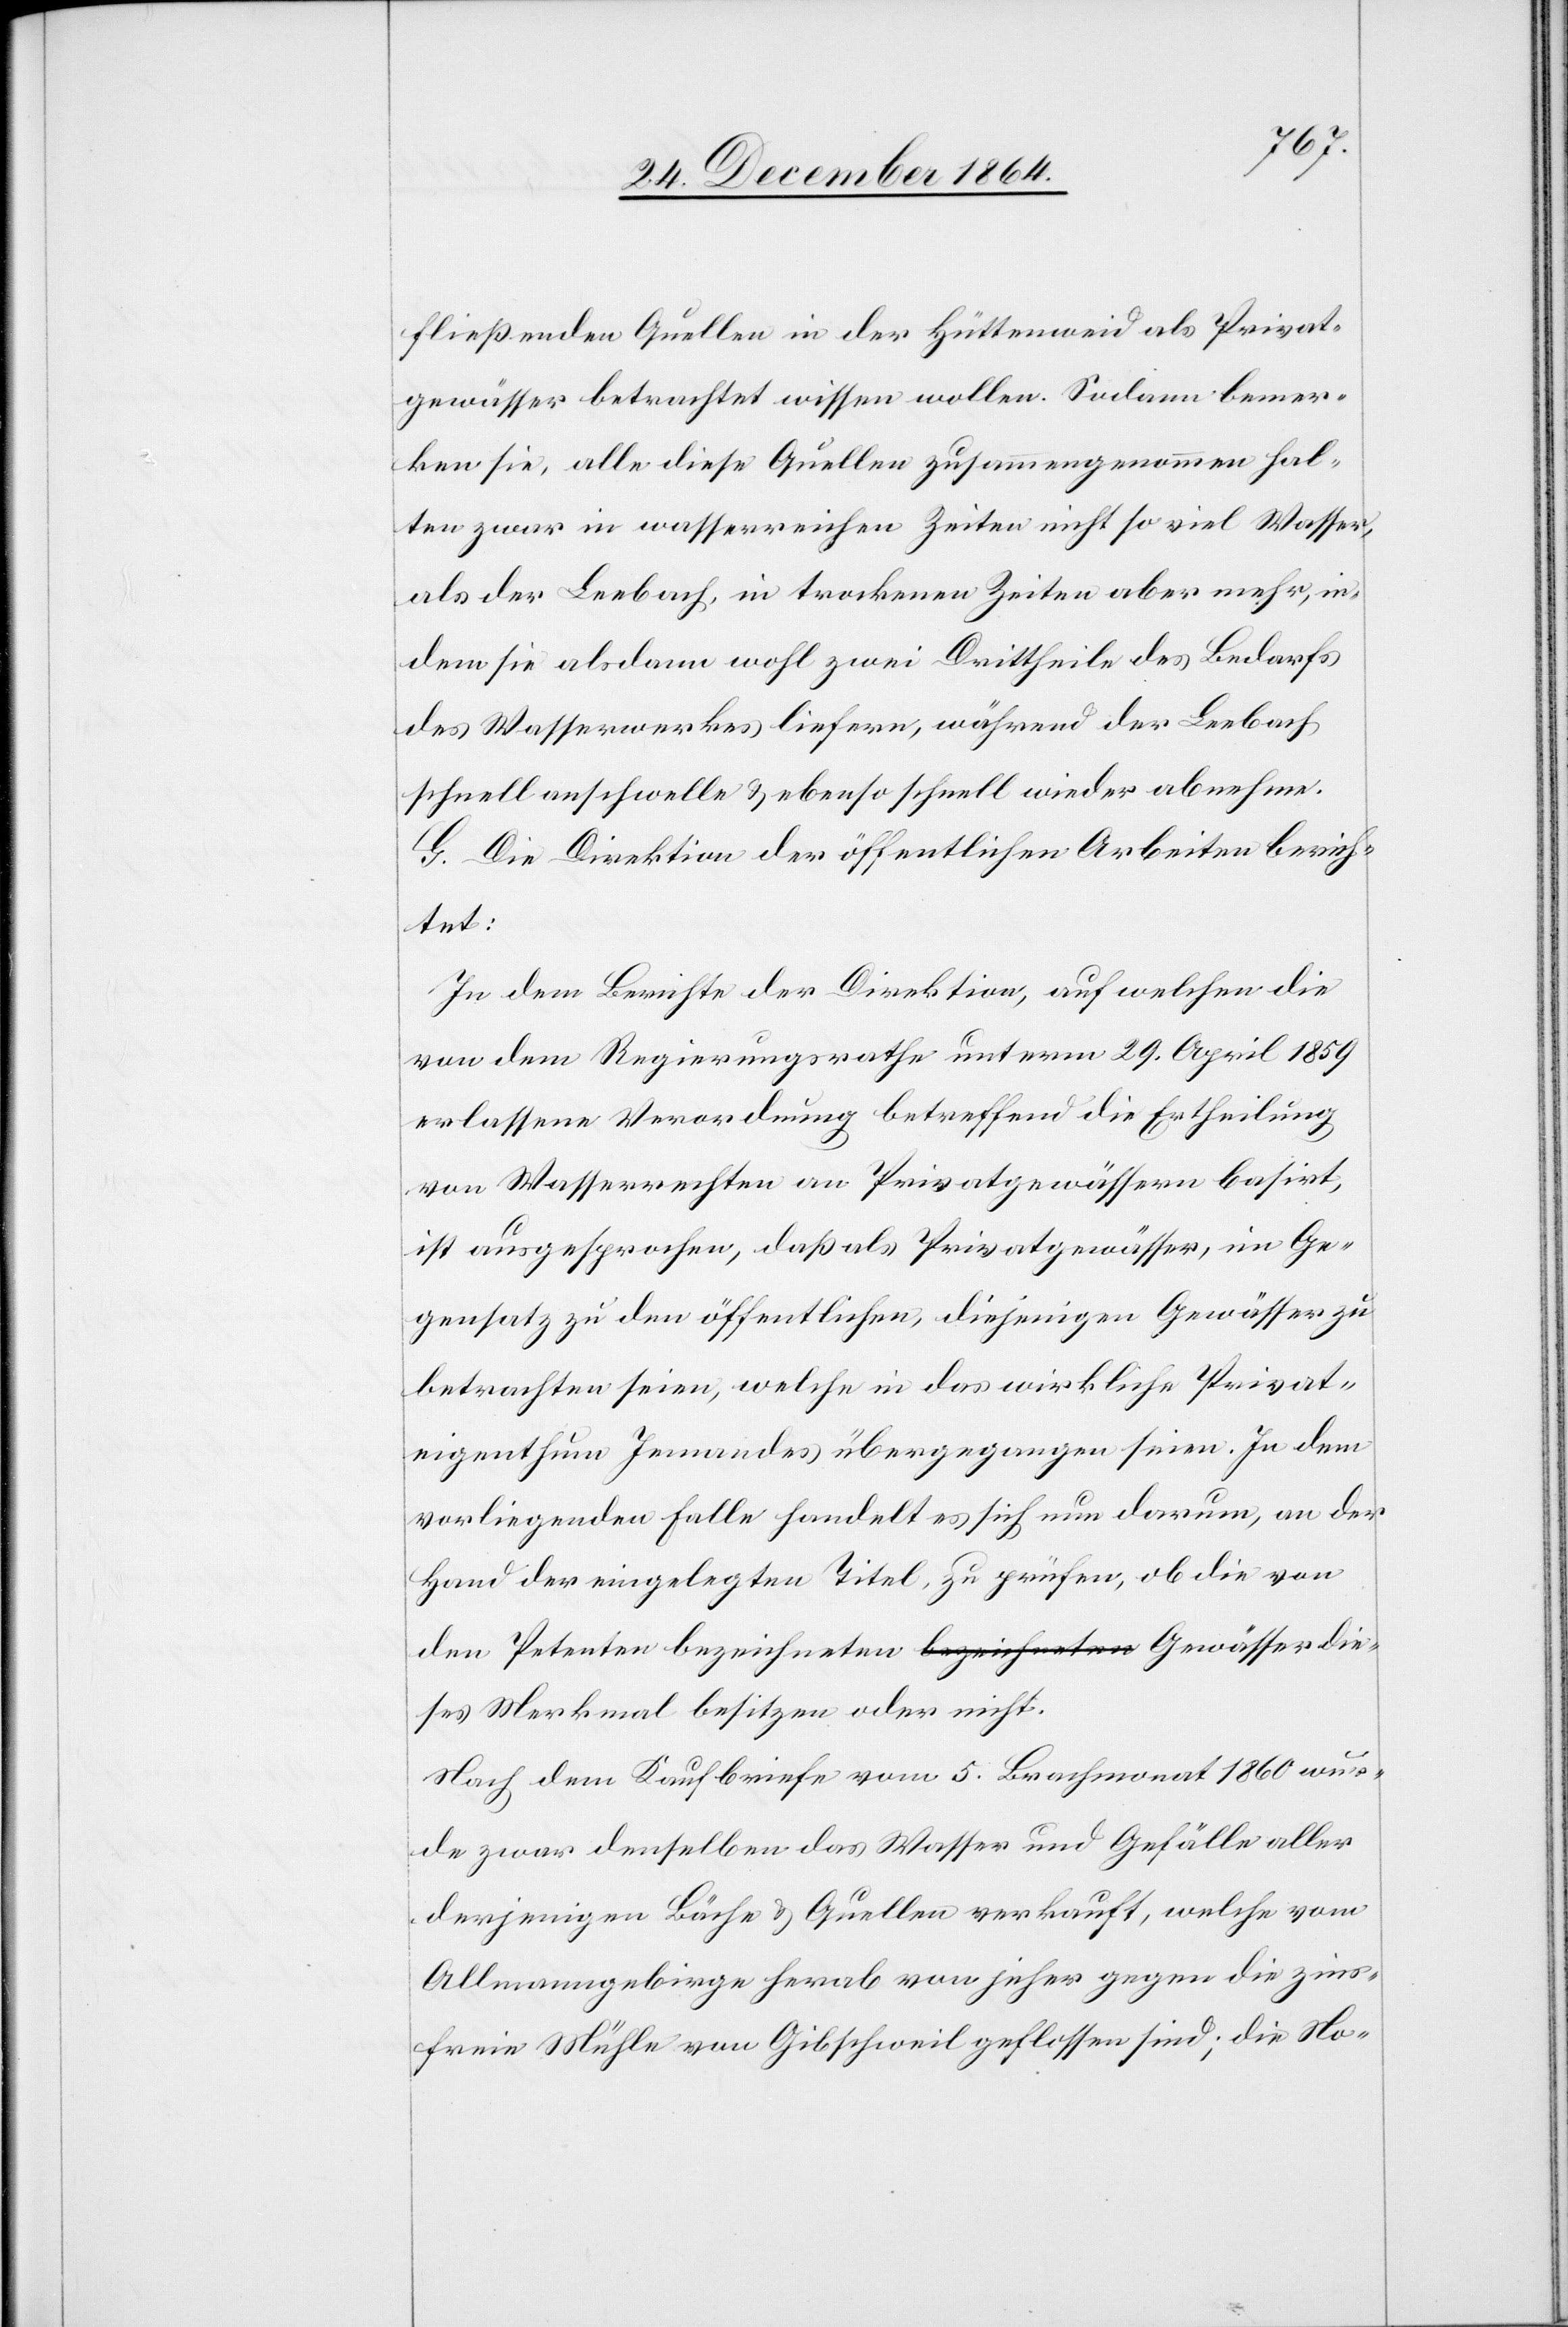
fließenden Quellen in der Hüttenweid als Privat¬
gewässer betrachtet wissen wollen. Sodann bemer¬
ken sie, alle diese Quellen zusammengenommen hal¬
ten zwar in wasserreichen Zeiten nicht so viel Wasser,
als der Leebach, in trockenen Zeiten aber mehr, in¬
dem sie alsdann wohl zwei Drittheiler des Bedarfs
des Wasserwerkes liefern, während der Leebach
schnell anschwelle & ebenso schnell wieder abnehme.
G. Die Direktion der öffentlichen Arbeiten berich¬
tet:
In dem Berichte der Direktion, auf welchen die
von dem Regierungsrathe unterm 29. April 1859
erlassene Verordnung betreffend die Ertheilung
von Wasserrechten an Privatgewässern basirt,
ist ausgesprochen, daß als Privatgewässer, im Ge¬
gensatz zu den öffentlichen, diejenigen Gewässer zu
betrachten seien, welche in das wirkliche Privat¬
eigenthum Jemandes übergegangen seien. In dem
vorliegenden Falle handelt es sich nun darum, an der
Hand der eingelegten Titel, zu prüfen, ob die von
den Petenten bezeichneten Gewässer dieses
Nach dem Kaufbriefe vom 5. Brachmonat 1860 wur¬
de zwar denselben das Wasser und Gefälle aller
derjenigen Bäche & Quellen verkauft, welche vom
Allmanngebirge herab von jeher gegen die zins¬
freie Mühle von Gibschweil geflossen sind; die No-